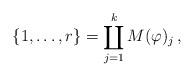
LaTeX: \begin{align*}\{1,\dots, r\}=\coprod _{j=1}^k M(\varphi )_j\, ,\end{align*}